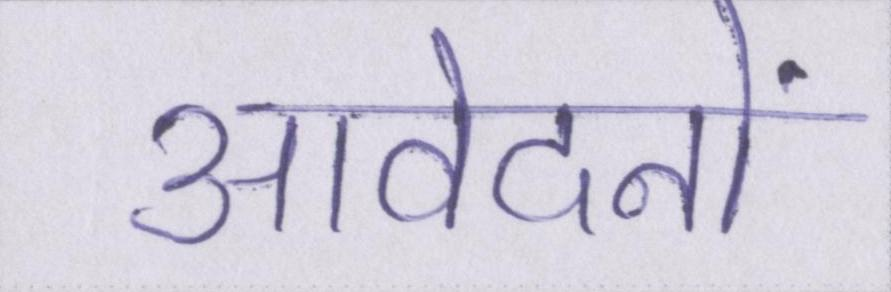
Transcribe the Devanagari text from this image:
आवेदनों